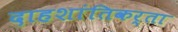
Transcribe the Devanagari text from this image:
दाहशांतिकर्ता